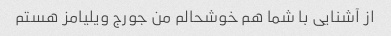
از آشنایی با شما هم خوشحالم من جورج ویلیامز هستم